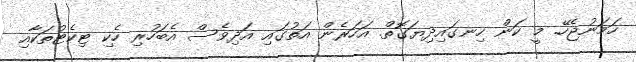
ހަމަނުޖެހޭ. މީ ކަން ހިނގައިދިޔަގޮތް. އަހަރެން އަތުގައި އަދިވެސް އެބަހުރި ހެކި ޓިކެޓުތަކާއި